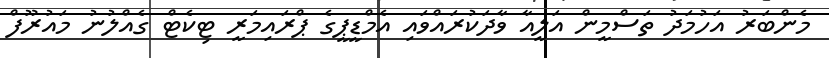
މެންބަރު އަހުމަދު ތަސްމީން އަލީއާ ވާދަކުރައްވައި އެމްޑީޕީގެ ޕްރައިމަރީ ޓިކެޓް ގެއްލުނު މައުރޫފް